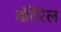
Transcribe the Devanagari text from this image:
डॉटेरेल